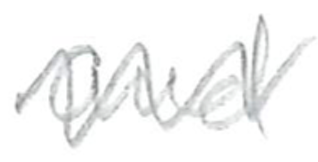
Text: and
Cross-out: zig-zag
Writing tool: pencil